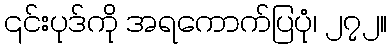
၎င်းပုဒ်ကို အရကောက်ပြပုံ၊ ၂၇၂။